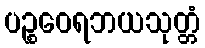
ပဉ္စဝေရဘယသုတ္တံ